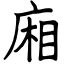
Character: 廂